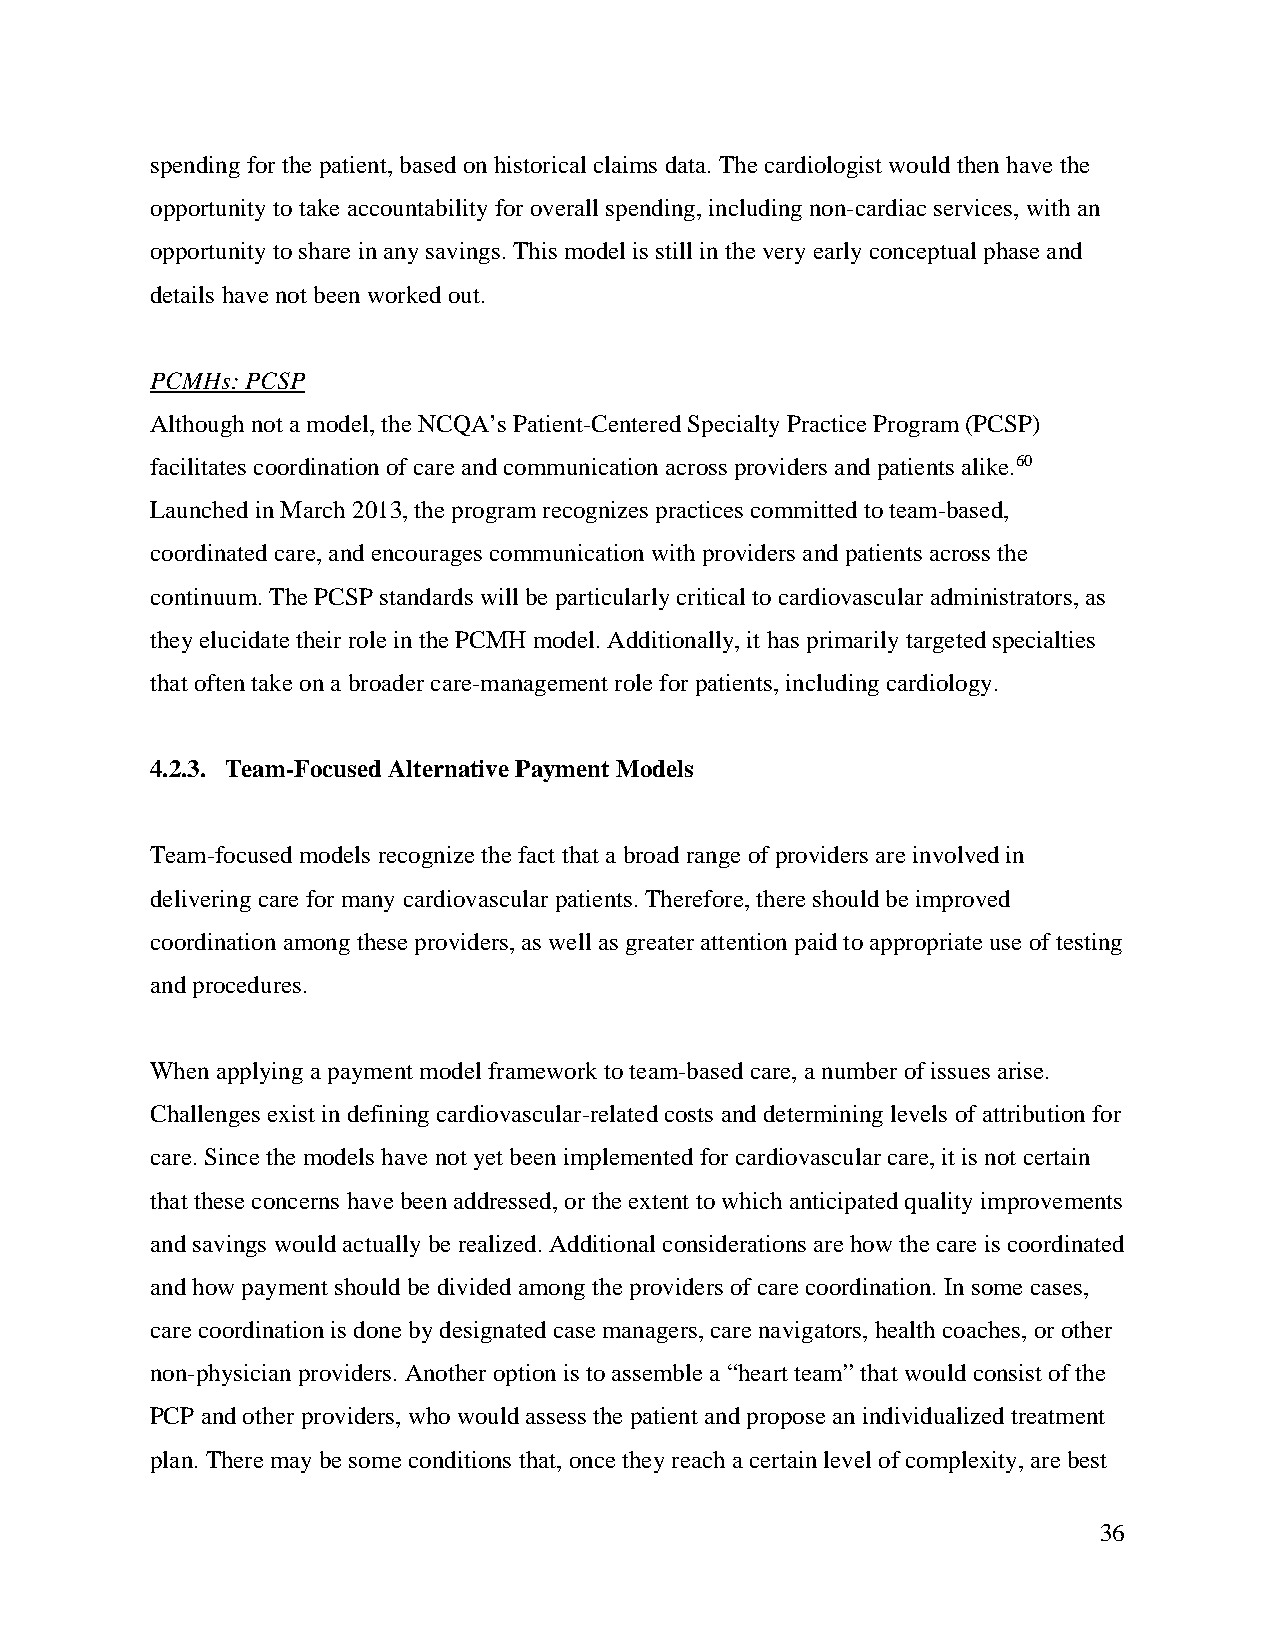
spending for the patient, based on historical claims data. The cardiologist would then have the
 opportunity to take accountability for overall spending, including non-cardiac services, with an
 opportunity to share in any savings. This model is still in the very early conceptual phase and
 details have not been worked out.
 PCMHs: PCSP
 Although not a model, the NCQA’s Patient-Centered Specialty Practice Program (PCSP)
 facilitates coordination of care and communication across providers and patients alike.60
 Launched in March 2013, the program recognizes practices committed to team-based,
 coordinated care, and encourages communication with providers and patients across the
 continuum. The PCSP standards will be particularly critical to cardiovascular administrators, as
 they elucidate their role in the PCMH model. Additionally, it has primarily targeted specialties
 that often take on a broader care-management role for patients, including cardiology.
 4.2.3. Team-Focused Alternative Payment Models
 Team-focused models recognize the fact that a broad range of providers are involved in
 delivering care for many cardiovascular patients. Therefore, there should be improved
 coordination among these providers, as well as greater attention paid to appropriate use of testing
 and procedures.
 When applying a payment model framework to team-based care, a number of issues arise.
 Challenges exist in defining cardiovascular-related costs and determining levels of attribution for
 care. Since the models have not yet been implemented for cardiovascular care, it is not certain
 that these concerns have been addressed, or the extent to which anticipated quality improvements
 and savings would actually be realized. Additional considerations are how the care is coordinated
 and how payment should be divided among the providers of care coordination. In some cases,
 care coordination is done by designated case managers, care navigators, health coaches, or other
 non-physician providers. Another option is to assemble a “heart team” that would consist of the
 PCP and other providers, who would assess the patient and propose an individualized treatment
 plan. There may be some conditions that, once they reach a certain level of complexity, are best
 36